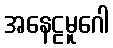
အနေဠမူဂေါ